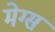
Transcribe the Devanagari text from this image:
मेग्स